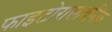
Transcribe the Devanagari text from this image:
फाइटोरासायनिक